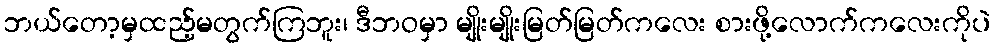
ဘယ်တော့မှထည့်မတွက်ကြဘူး၊ ဒီဘဝမှာ မျိုးမျိုးမြတ်မြတ်ကလေး စားဖို့လောက်ကလေးကိုပဲ